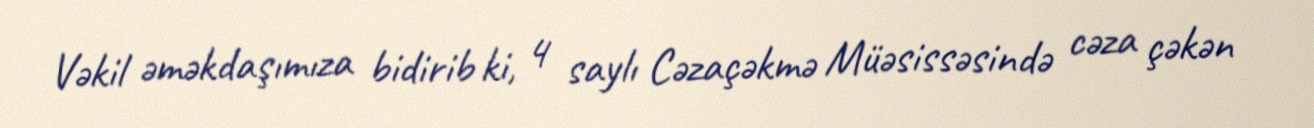
Vəkil əməkdaşımıza bidirib ki, 4 saylı Cəzaçəkmə Müəsissəsində cəza çəkən